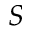
S